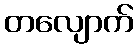
တလျောက်